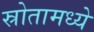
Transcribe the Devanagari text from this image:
स्रोतामध्ये